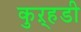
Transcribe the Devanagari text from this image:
कुऱ्हडी